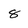
Character: 8